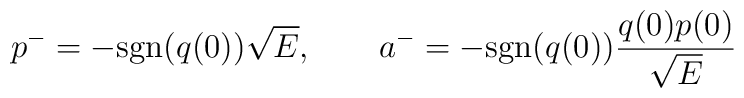
p^-=-\mbox{sgn}(q(0))\sqrt{E}, \qquad  a^-=-\mbox{sgn}(q(0))\frac{q(0)p(0)}{\sqrt{E}}